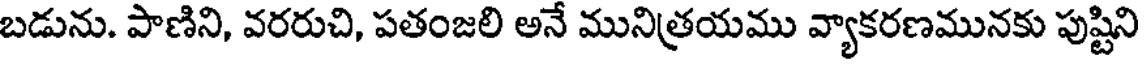
బడును. పాణిని, వరరుచి, పతంజలి అనే మునిత్రయము వ్యాకరణమునకు పుష్టిని